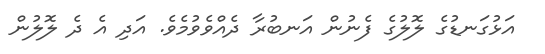
އަޅުގަނޑުގެ ލޮލުގެ ފެނުން އަނބުރާ ދެއްވެވުމެވެ. އަދި އެ ދެ ލޮލުން